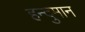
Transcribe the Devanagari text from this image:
हन्दुमान